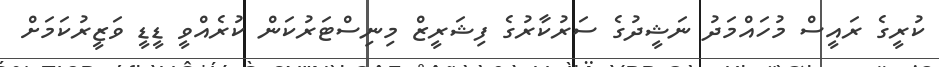
ކުރީގެ ރައީސް މުހައްމަދު ނަޝީދުގެ ސަރުކާރުގެ ފިޝަރީޒް މިނިސްޓަރުކަން ކުރެއްވީ ޑީޑީ ވަޒީރުކަމަށް